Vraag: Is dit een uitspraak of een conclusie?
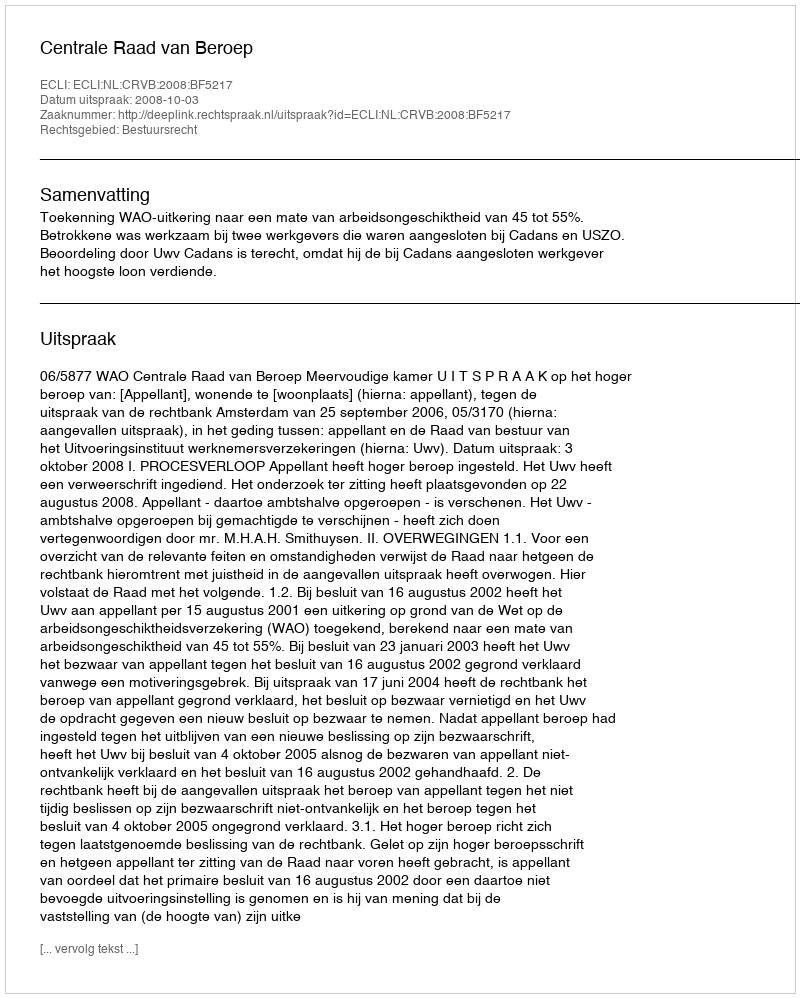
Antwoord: Uitspraak